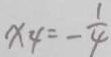
x _ { 4 } = - \frac { 1 } { 4 }